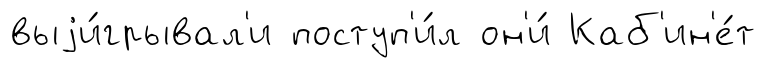
выjи́грывал'и поступ'и́л он'и́ Каб'ин'е́т